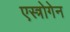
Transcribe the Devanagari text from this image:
एस्त्रोगेन